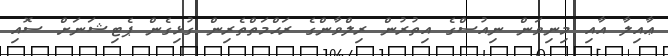
ޢާއިލާ އާއި މިނިވަން ނިއުސްގެ އިތުރުން ރިލްވާންގެ ރަޙްމަތްތެރިން ގުޅިގެން ޕެޓިޝަނަށް ސޮއި